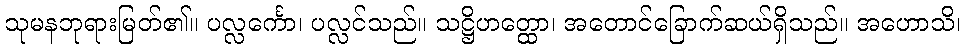
သုမနဘုရားမြတ်၏။ ပလ္လင်္ကော၊ ပလ္လင်သည်။ သဋ္ဌိဟတ္ထော၊ အတောင်ခြောက်ဆယ်ရှိသည်။ အဟောသိ၊